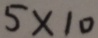
5 \times 1 0